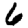
Digit: 6